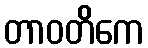
တာဝတိကေ